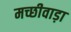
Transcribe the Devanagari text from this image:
मच्छीवाड़ा